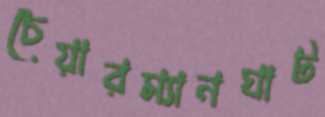
চেয়ারম্যানঘাট